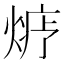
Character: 𱫬